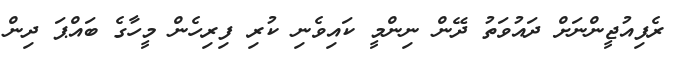
ރެފިއުޖީންނަށް ދައުވަތު ދޭން ނިންމީ ކައިވެނި ކުރި ފިރިހެން މީހާގެ ބައްޕަ ދިން